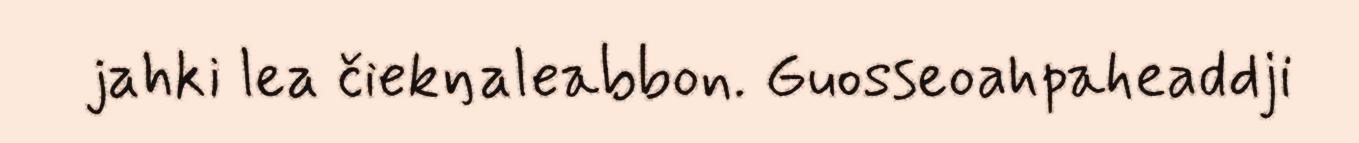
jahki lea čiekŋaleabbon. Guosseoahpaheaddji